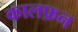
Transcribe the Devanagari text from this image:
कालफ़न